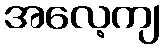
အလေ့ကျ